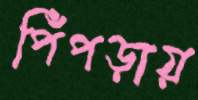
পিঁপড়ায়